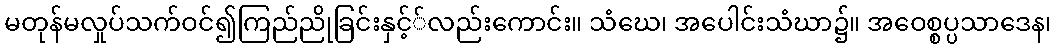
မတုန်မလှုပ်သက်ဝင်၍ကြည်ညိုခြင်းနှင့််လည်းကောင်း။ သံဃေ၊ အပေါင်းသံဃာ၌။ အဝေစ္စပ္ပသာဒေန၊